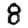
Digit: 8